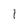
Character: 1